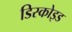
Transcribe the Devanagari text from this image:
डिस्कोइड